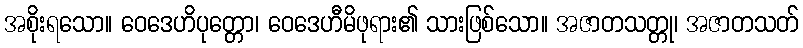
အစိုးရသော။ ဝေဒေဟိပုတ္တော၊ ဝေဒေဟီမိဖုရား၏ သားဖြစ်သော။ အဇာတသတ္တု၊ အဇာတသတ်